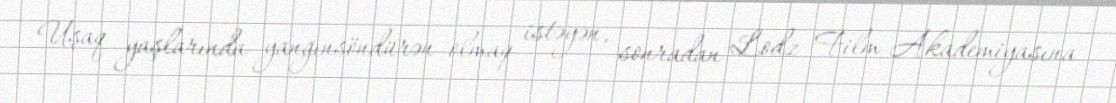
Uşaq yaşlarında yanğınsöndürən olmaq istəyən, sonradan Lodz Film Akademiyasına